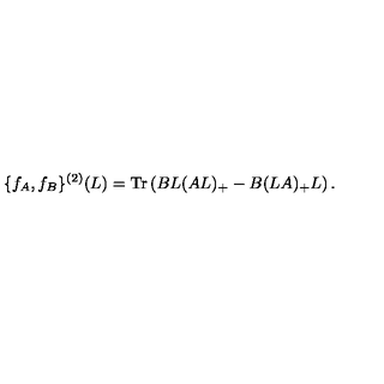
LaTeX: \{ f _ { A } , f _ { B } \} ^ { ( 2 ) } ( L ) = \mathrm { T r } \left( B L ( A L ) _ { + } - B ( L A ) _ { + } L \right) .